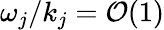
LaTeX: \omega_{j}/k_{j}=\mathcal{O}(1)